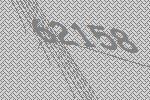
62158